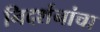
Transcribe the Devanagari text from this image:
निदर्शनांचा